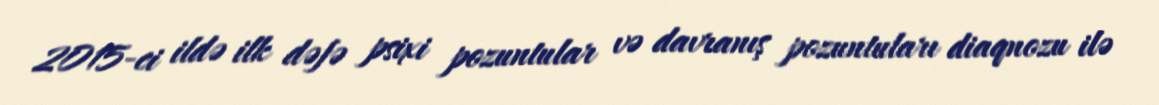
2015-ci ildə ilk dəfə psixi pozuntular və davranış pozuntuları diaqnozu ilə